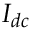
I _ { d c }